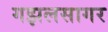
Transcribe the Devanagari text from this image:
गझलसागर